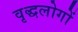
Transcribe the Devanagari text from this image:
वृद्धलोगों